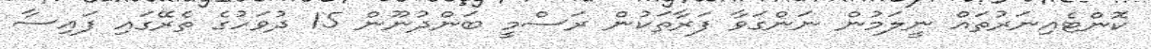
ކޮންޓެއިނަރުތައް ނީލަމުން ނަންގަވާ ފަރާތަކުން ރަސްމީ ބަންދުނޫން 15 ދުވަހުގެ ތެރޭގައި ފައިސާ